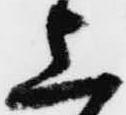
上